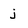
Character: j